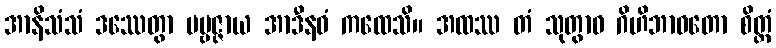
အာနိသံသံ ဒဿေတွာ ပဗ္ဗဇ္ဇာယ အာဒီနဝံ ကထေသိ။ အထဿ တံ သုတွာဝ ဂိဟိဘာဝတော စိတ္တံ